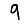
Digit: 9